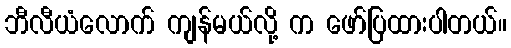
ဘီလီယံလောက် ကျန်မယ်လို့ က ဖော်ပြထားပါတယ်။